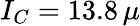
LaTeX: I_{C}=13.8\, \mu